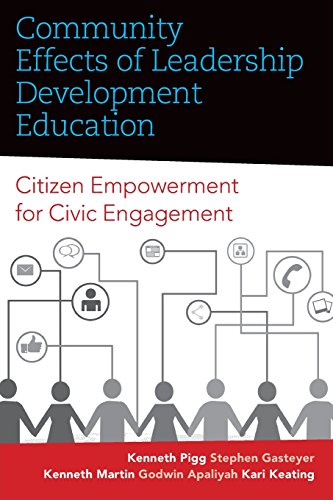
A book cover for Community Effects of Leadership Development Education: Citizen Empowerment for Civic Engagement (Rural Studies); Kenneth Pigg; Politics & Social Sciences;